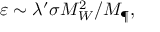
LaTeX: \varepsilon \sim \lambda ^ { \prime } \sigma M _ { W } ^ { 2 } / M _ { \P } ,